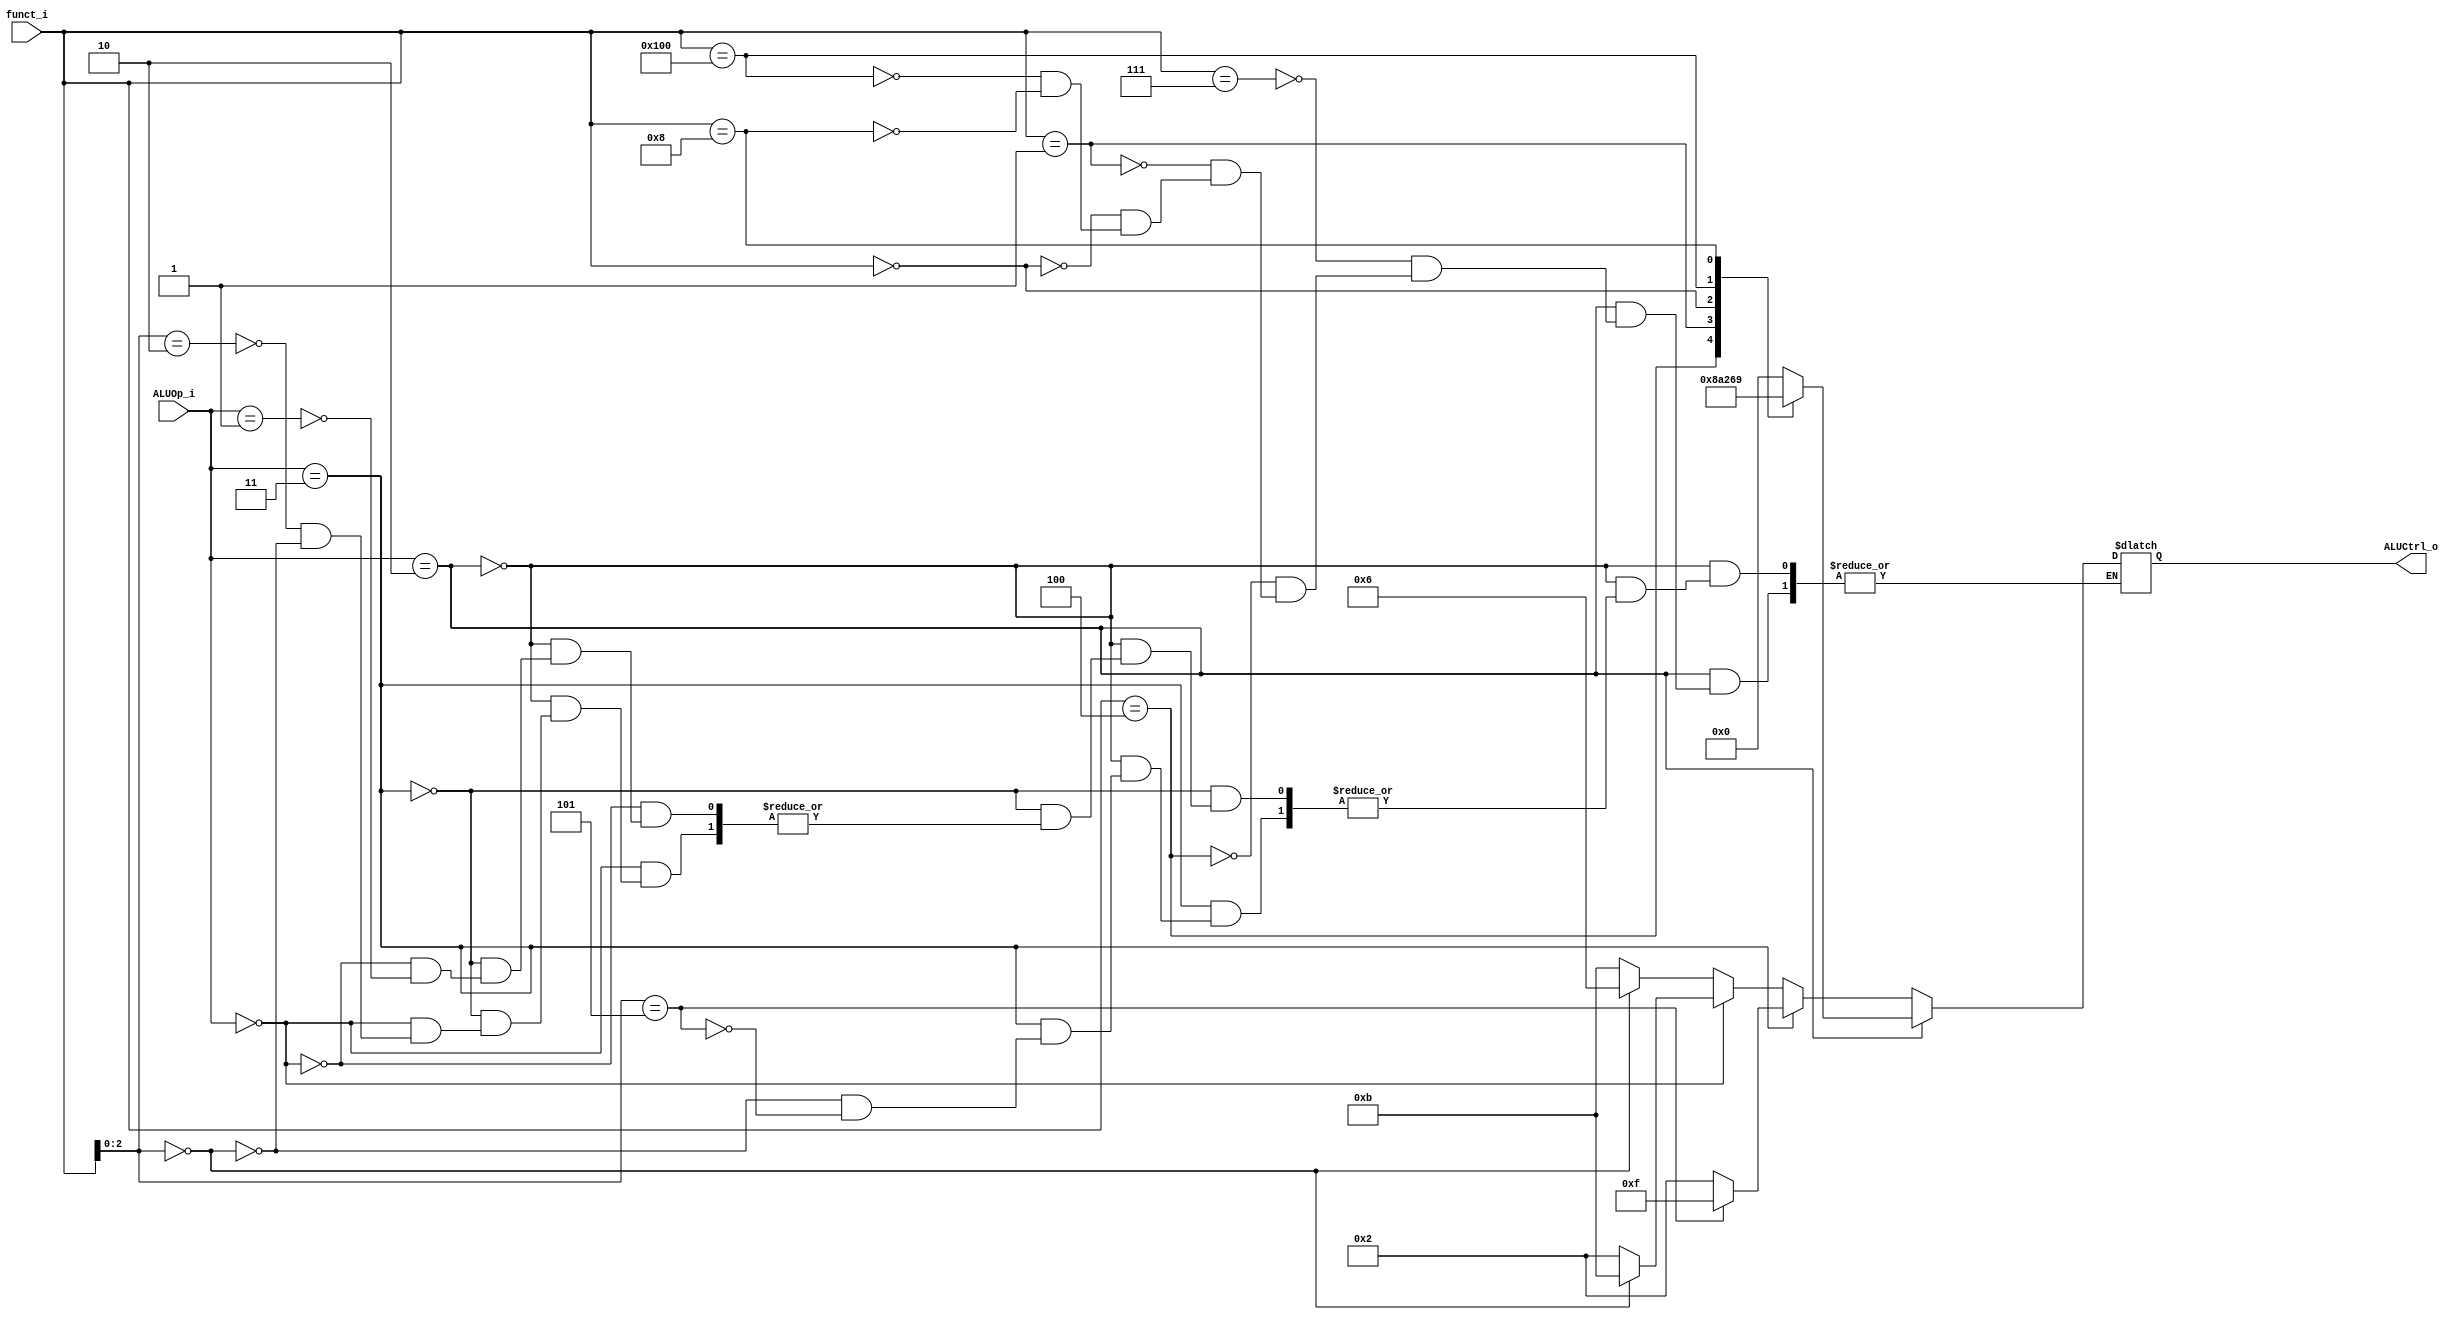
`define AND 10'b0000000111
`define XOR 10'b0000000100
`define SLL 10'b0000000001
`define ADD 10'b0000000000
`define SUB 10'b0100000000
`define MUL 10'b0000001000
module ALU_Control(
    funct_i,
    ALUOp_i,
    ALUCtrl_o
);

input [9:0] funct_i;
input [1:0] ALUOp_i;
output [3:0] ALUCtrl_o;
reg [3:0] ALUCtrl;

always@(ALUOp_i or funct_i) begin
    if(ALUOp_i == 2'b10)  // R-type
        case(funct_i)
            `AND: ALUCtrl = 4'b0000;
            `XOR: ALUCtrl = 4'b1000;
            `SLL: ALUCtrl = 4'b1010;
            `ADD: ALUCtrl = 4'b0010;
            `SUB: ALUCtrl = 4'b0110;
            `MUL: ALUCtrl = 4'b1001;
        endcase
   else if(ALUOp_i == 2'b11) // I-type ADDI, SRAI
        case(funct_i[2:0]) // func3 bits
           3'b000: ALUCtrl = 4'b0010; // ADDI's ALUctrl is the same as ADD
           3'b101: ALUCtrl = 4'b1111; // SRAI
        endcase
    
   else if(ALUOp_i == 2'b00) // lw, sw
       case(funct_i[2:0]) // func3 bits
           3'b010: ALUCtrl = 4'b0010;
           3'b000: ALUCtrl = 4'b1011; // case NoOp
       endcase
   else if(ALUOp_i == 2'b01) // beq 
       case(funct_i[2:0]) // func3 bits
           3'b000:  ALUCtrl = 4'b0110;
           default: ALUCtrl = 4'b1011; // case NoOp
       endcase
end

assign ALUCtrl_o = ALUCtrl;
endmodule